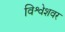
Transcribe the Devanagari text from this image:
विश्वेशवर